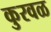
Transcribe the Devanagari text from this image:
कुरवळ